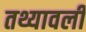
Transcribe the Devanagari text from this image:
तथ्यावली